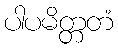
ပါပမိတ္တတံ